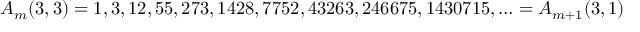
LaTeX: A _ { m } ( 3 , 3 ) = 1 , 3 , 1 2 , 5 5 , 2 7 3 , 1 4 2 8 , 7 7 5 2 , 4 3 2 6 3 , 2 4 6 6 7 5 , 1 4 3 0 7 1 5 , \ldots = A _ { m + 1 } ( 3 , 1 )